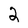
Character: 2